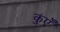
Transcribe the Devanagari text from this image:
कुंएँ